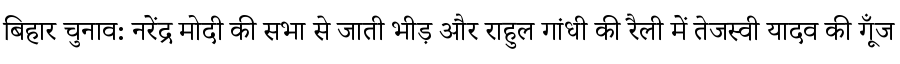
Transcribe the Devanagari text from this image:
बिहार चुनाव: नरेंद्र मोदी की सभा से जाती भीड़ और राहुल गांधी की रैली में तेजस्वी यादव की गूँज